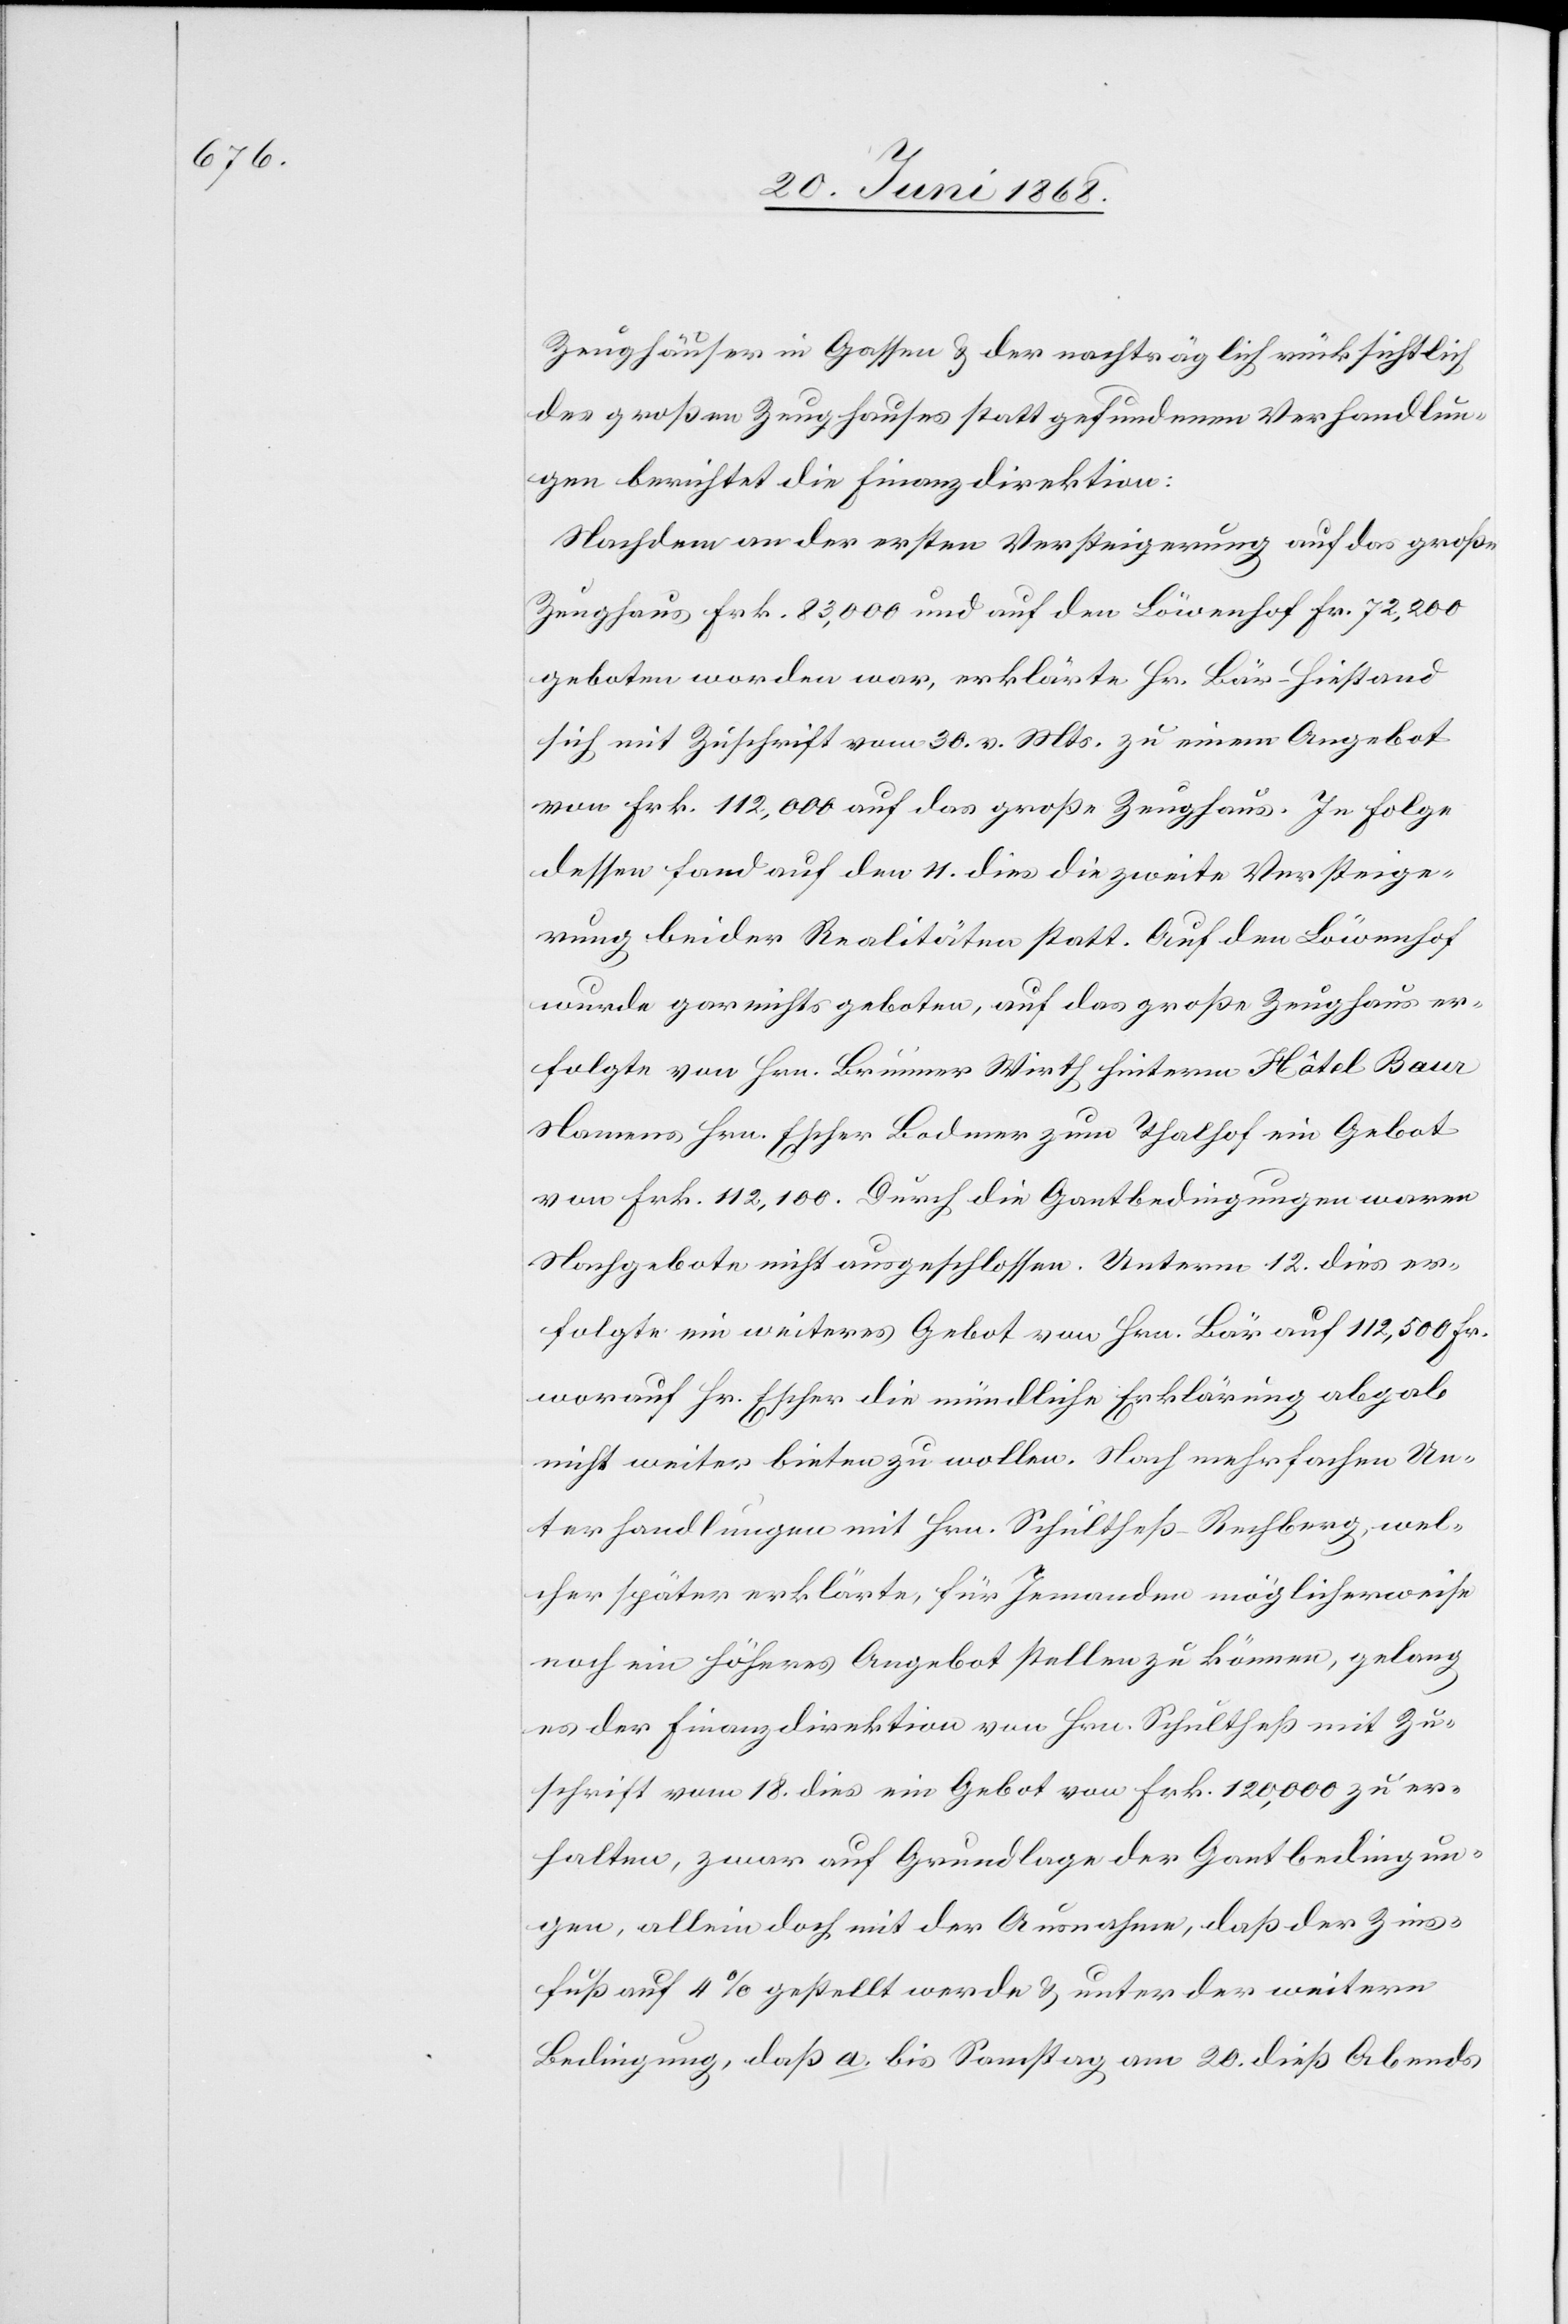
Zeughäuser in Gassen & der nachträglich rücksichtlich
des großen Zeughauses statt gefundenen Verhandlun¬
gen berichtet die Finanzdirektion:
Nachdem an der ersten Versteigerung auf das große
Zeughaus Frk. 83,000 und auf den Löwenhof Fr. 72,200
geboten worden war, erklärte Hr. Bär-Hiestand
sich mit Zuschrift vom 30. v. Mts. zu einem Angebot
von Frk. 112,000 auf das große Zeughaus. In Folge
dessen fand auf den 11. dies die zweite Versteige¬
rung beider Realitäten statt. Auf den Löwenhof
wurde gar nichts geboten, auf das große Zeughaus er¬
folgte von Hrn. Brunner Wirth hinterm Hôtel Baur
Namens Hrn. Escher Bodmer zum Thalhof ein Gebot
von Frk. 112,100. Durch die Gantbedingungen waren
Nachgebote nicht ausgeschlossen. Unterm 12. dies er¬
folgte ein weiteres Gebot von Hrn. Bär auf 112,500 Fr.
worauf Hr. Escher die mündliche Erklärung abgab
nicht weiter bieten zu wollen. Nach mehrfachen Un¬
terhandlungen mit Hrn. Schultheß-Rechberg, wel¬
cher später erklärte, für Jemanden möglicherweise
noch ein höheres Angebot stellen zu können, gelang
es der Finanzdirektion von Hrn. Schultheß mit Zu¬
schrift vom 18. dies ein Gebot von Frk. 120,000 zu er¬
halten, zwar auf Grundlage der Gantbedingun¬
gen, allein doch mit der Ausnahme, daß der Zins¬
fuß auf 4% gestellt werde & unter der weitern
Bedingung, daß a. bis Samstag am 20. dieß Abends